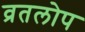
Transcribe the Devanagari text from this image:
व्रतलोप